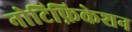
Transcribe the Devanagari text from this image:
नोटिफ़िकेशन